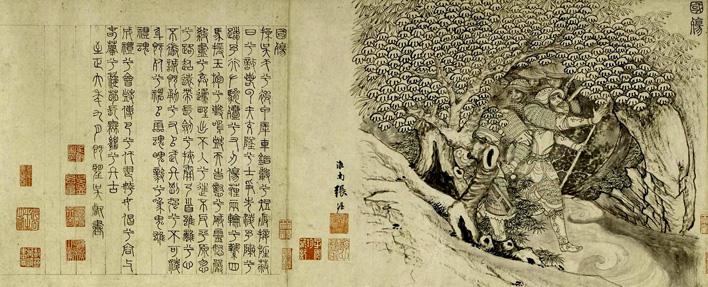
诚既勇兮又以武，终刚强兮不可凌。